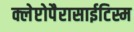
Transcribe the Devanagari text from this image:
क्लेप्टोपैरासाईटिस्म